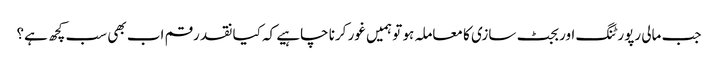
جب مالی رپورٹنگ اور بجٹ سازی کا معاملہ ہو تو ہمیں غور کرنا چاہیے کہ کیا نقد رقم اب بھی سب کچھ ہے؟